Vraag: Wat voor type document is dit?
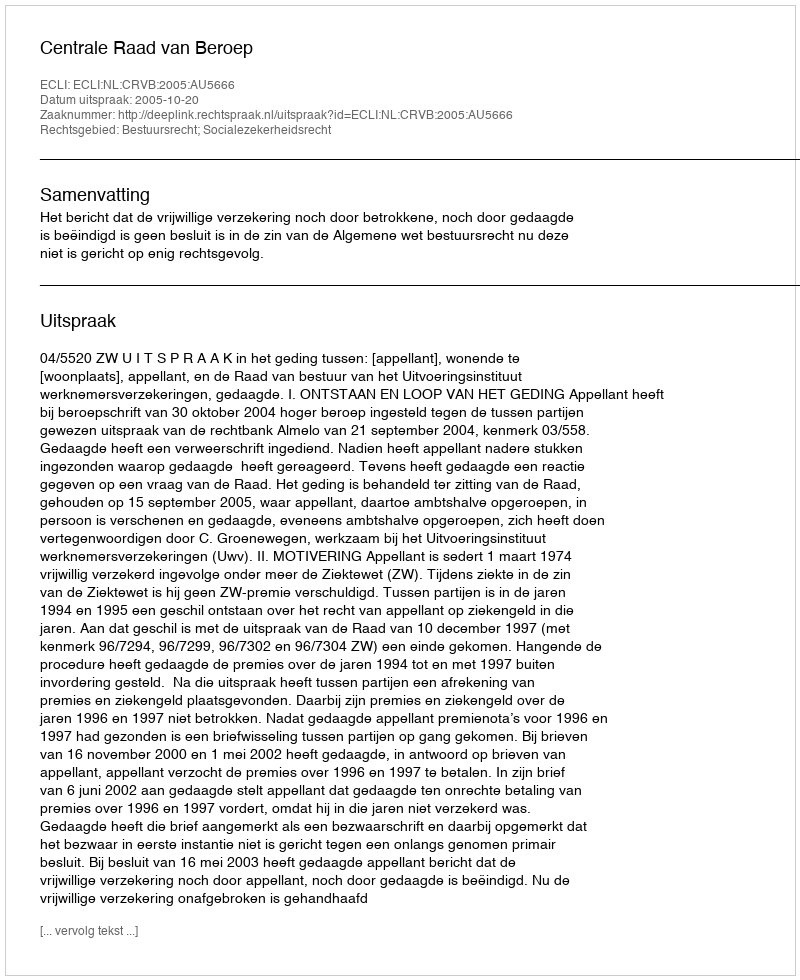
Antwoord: Uitspraak